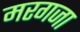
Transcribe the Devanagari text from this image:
मरगजा